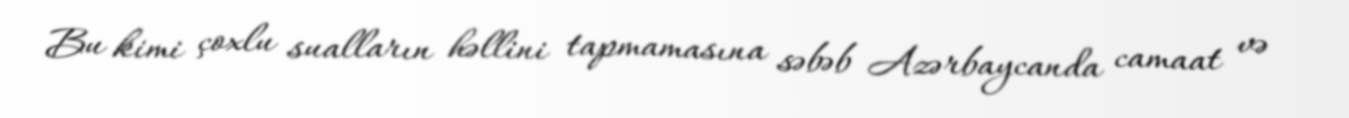
Bu kimi çoxlu sualların həllini tapmamasına səbəb Azərbaycanda camaat və